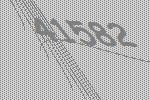
41582